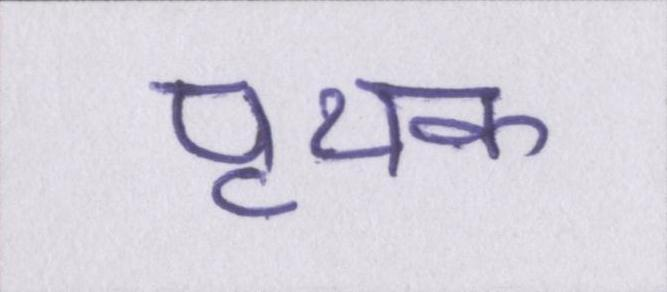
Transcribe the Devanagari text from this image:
पृथक